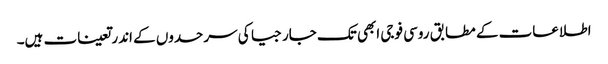
اطلاعات کے مطابق روسی فوجی ابھی تک جارجیا کی سرحدوں کے اندر تعینات ہیں۔